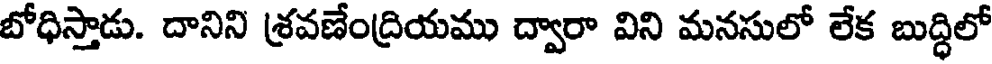
బోధిస్తాడు. దానిని శ్రవణేంద్రియము ద్వారా విని మనసులో లేక బుద్ధిలో